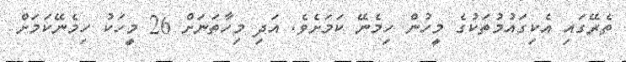
ތެރޭގައި އެކިގައުމުތަކުގެ މީހުން ހިމެނޭ ކަމަށެވެ. އަދި މިހާތަނަށް 26 މީހަކު ހިމެނޭކަމަށް